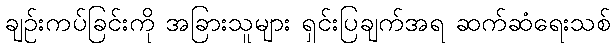
ချဉ်းကပ်ခြင်းကို အခြားသူများ ရှင်းပြချက်အရ ဆက်ဆံရေးသစ်